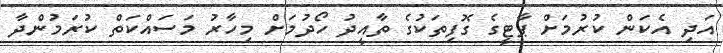
އަދި އެކަން ކުރުމަށް ޕާޓީގެ ގޮފިތަކުގެ ތާއީދު ހޯދުމަށް މިހާރު މަސައްކަތް ކުރަމުންދާ